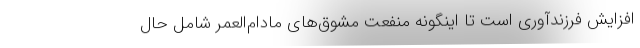
افزایش فرزندآوری است تا اینگونه منفعت مشوق‌های مادام‌العمر شامل حال